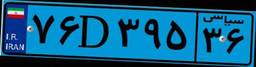
۷۶D۳۹۵۳۶